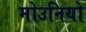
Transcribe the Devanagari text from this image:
मोउनियो